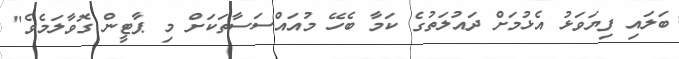
ބަލައި ފިޔަވަޅު އެޅުމަށް ދައުލަތުގެ ކަމާ ބެހޭ މުއައްސަސާތަކަށް މި ޕާޓީން ގޮވާލަމެވެ"